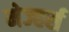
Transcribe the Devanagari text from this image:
मेज्हर्स